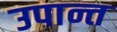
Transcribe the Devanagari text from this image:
उपान्त